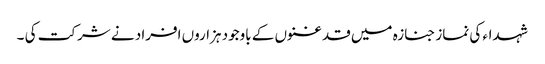
شہداء کی نماز جنازہ میں قدغنوں کے باوجود ہزاروں افراد نے شرکت کی ۔